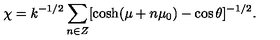
\chi = k ^ { - 1 / 2 } \sum _ { n \in Z } [ \cosh ( \mu + n \mu _ { 0 } ) - \cos \theta ] ^ { - 1 / 2 } .